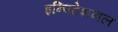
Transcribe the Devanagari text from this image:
इन्विटेशनल